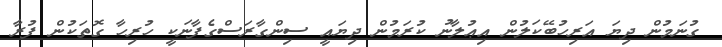
ގުނަމުން ދިޔަ އަރިހުބޭކަލުން އިޢުލާނު ކުރަމުން ދިޔައީ ސިންގާރަސްގެފާނަކީ ހުރިހާ ގޮތަކުން ފުރާ